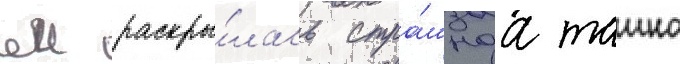
еи раскры́лась стра́шнаа таина